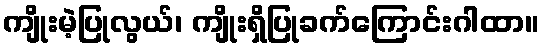
ကျိုးမဲ့ပြုလွယ်၊ ကျိုးရှိပြုခက်ကြောင်းဂါထာ။